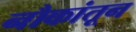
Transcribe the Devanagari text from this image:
नौकांतून